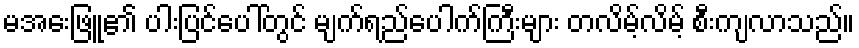
မအေးဖြူ၏ ပါးပြင်ပေါ်တွင် မျက်ရည်ပေါက်ကြီးများ တလိမ့်လိမ့် စီးကျလာသည်။